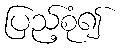
ပြည့်စုံ၍